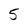
Character: 5